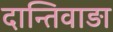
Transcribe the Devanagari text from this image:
दान्तिवाड़ा